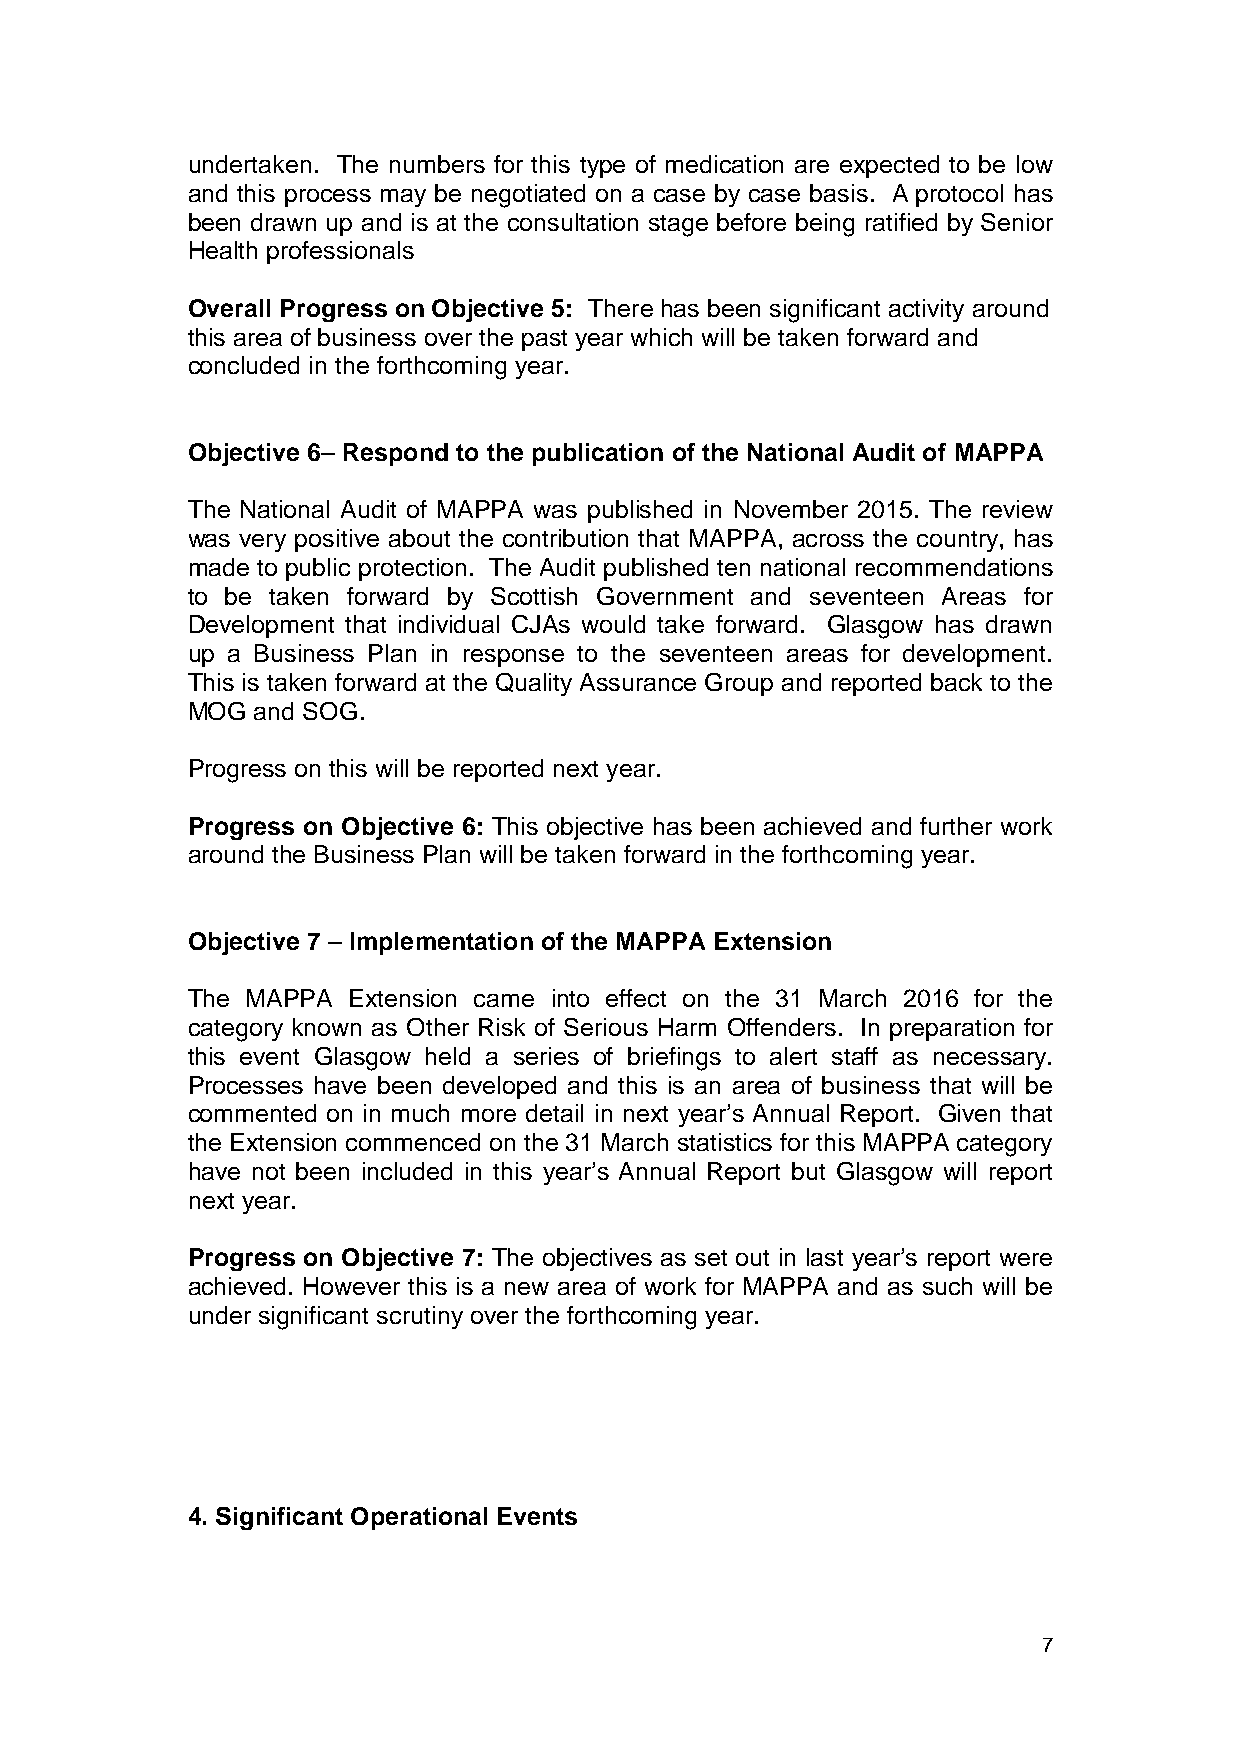
undertaken. The numbers for this type of medication are expected to be low
 and this process may be negotiated on a case by case basis. A protocol has
 been drawn up and is at the consultation stage before being ratified by Senior
 Health professionals
 Overall Progress on Objective 5: There has been significant activity around
 this area of business over the past year which will be taken forward and
 concluded in the forthcoming year.
 Objective 6– Respond to the publication of the National Audit of MAPPA
 The National Audit of MAPPA was published in November 2015. The review
 was very positive about the contribution that MAPPA, across the country, has
 made to public protection. The Audit published ten national recommendations
 to be taken forward by Scottish Government and seventeen Areas for
 Development that individual CJAs would take forward. Glasgow has drawn
 up a Business Plan in response to the seventeen areas for development.
 This is taken forward at the Quality Assurance Group and reported back to the
 MOG  and SOG.
 Progress on this will be reported next year.
 Progress on Objective 6: This objective has been achieved and further work
 around the Business Plan will be taken forward in the forthcoming year.
 Objective 7 – Implementation of the MAPPA Extension
 The MAPPA  Extension came into effect on the 31 March 2016 for the
 category known as Other Risk of Serious Harm Offenders. In preparation for
 this event Glasgow held a series of briefings to alert staff as necessary.
 Processes have been developed and this is an area of business that will be
 commented on in much more detail in next year’s Annual Report. Given that
 the Extension commenced on the 31 March statistics for this MAPPA category
 have not been included in this year’s Annual Report but Glasgow will report
 next year.
 Progress on Objective 7: The objectives as set out in last year’s report were
 achieved. However this is a new area of work for MAPPA and as such will be
 under significant scrutiny over the forthcoming year.
 4. Significant Operational Events
 7